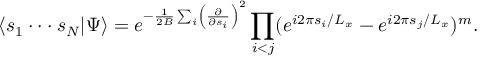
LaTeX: \langle s _ { 1 } \cdot \cdot \cdot s _ { N } | \Psi \rangle = e ^ { - { \frac { 1 } { 2 B } } \sum _ { i } \left( { \frac { \partial } { \partial s _ { i } } } \right) ^ { 2 } } \prod _ { i < j } ( e ^ { i 2 \pi s _ { i } / L _ { x } } - e ^ { i 2 \pi s _ { j } / L _ { x } } ) ^ { m } .